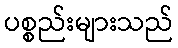
ပစ္စည်းများသည်